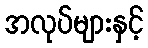
အလုပ်များနှင့်